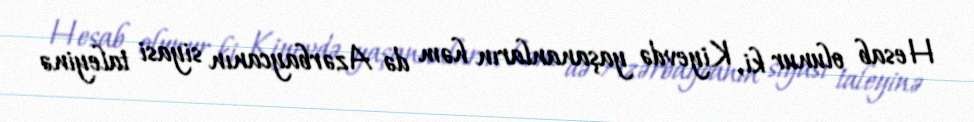
Hesab olunur ki, Kiyevdə yaşananların həm də Azərbaycanın siyasi taleyinə